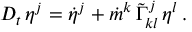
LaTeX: { \cal D } _ { t } \, \eta ^ { j } = \dot { \eta } ^ { j } + \dot { m } ^ { k } \, \tilde { \Gamma } _ { k l } ^ { j } \, \eta ^ { l } \, .